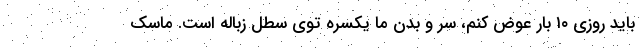
باید روزی ۱۰ بار عوض کنم، سر و بدن ما یکسره توی سطل زباله است. ماسک